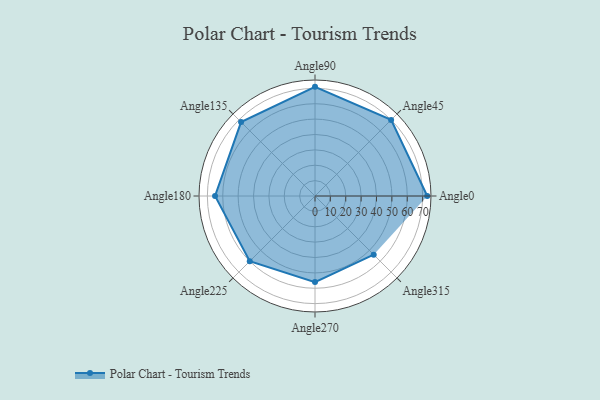
{"axis": {"x": "Angle", "y": "Radius"}, "legend": [""], "data": [{"x": "Angle0", "y": 73.0, "type": ""}, {"x": "Angle45", "y": 70.0, "type": ""}, {"x": "Angle90", "y": 71.0, "type": ""}, {"x": "Angle135", "y": 68.0, "type": ""}, {"x": "Angle180", "y": 65.0, "type": ""}, {"x": "Angle225", "y": 60.0, "type": ""}, {"x": "Angle270", "y": 56.0, "type": ""}, {"x": "Angle315", "y": 54.0, "type": ""}]}